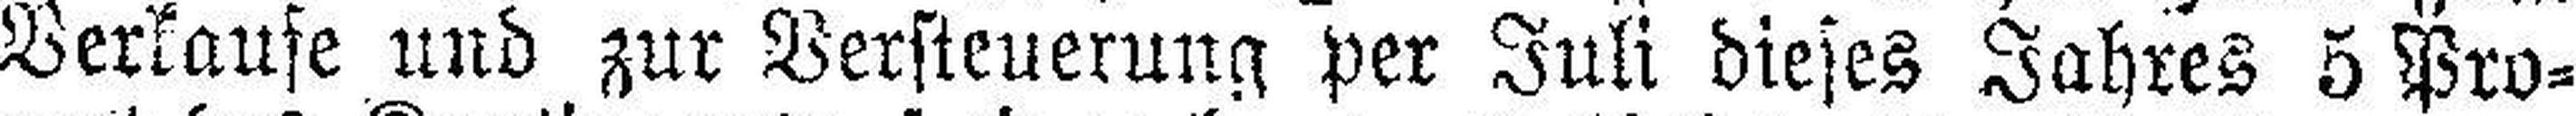
Verkaufe und zur Versteuerung per Juli dieses Jahres 5 Pro¬